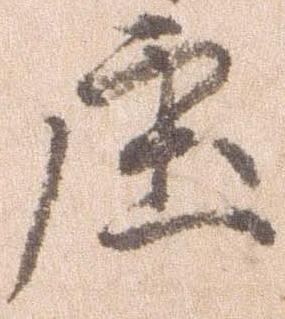
庄